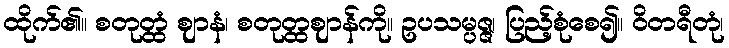
ထိုက်၏။ စတုတ္ထံ ဈာနံ၊ စတုတ္ထဈာန်ကို။ ဥပသမ္ပဇ္ဇ၊ ပြည့်စုံစေ၍။ ဝိတရီတုံ၊